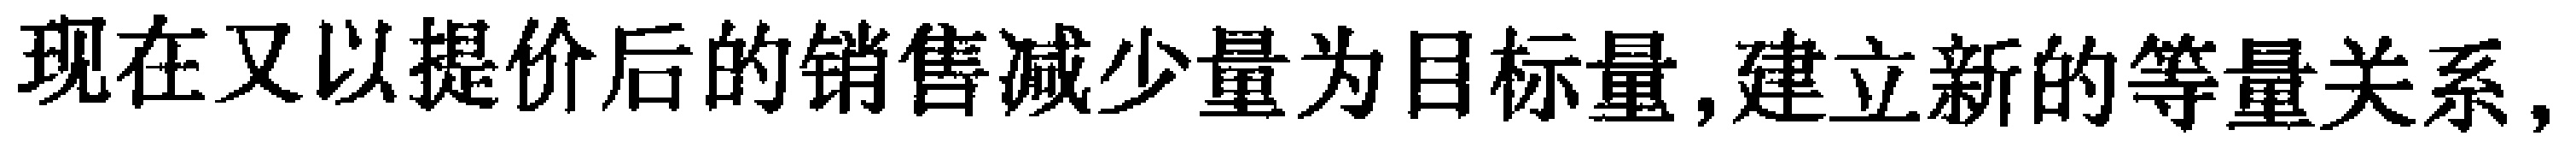
现在又以提价后的销售减少量为目标量,建立新的等量关系,